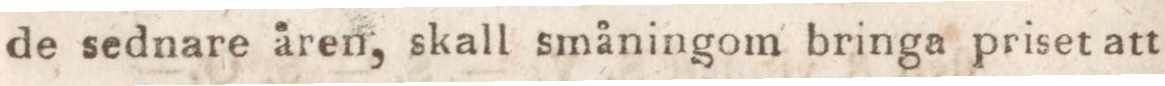
de sednare åren, skall småningom bringa priset att